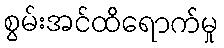
စွမ်းအင်ထိရောက်မှု